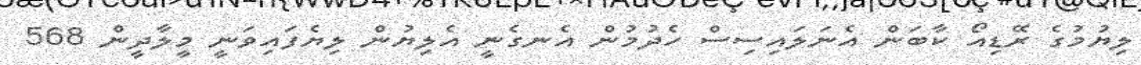
ލިޔުމުގެ ރޭޑިއޯ ކާބަން އެނަލައިސިސް ހެދުމުން އެނގެނީ އެލިޔުން ލިޔެފައިވަނީ މީލާދީން 568